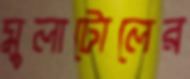
মুলাটোলের